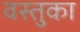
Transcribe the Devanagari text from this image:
वस्‍तुका